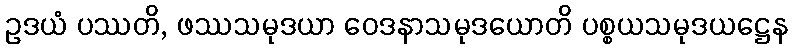
ဥဒယံ ပဿတိ, ဖဿသမုဒယာ ဝေဒနာသမုဒယောတိ ပစ္စယသမုဒယဋ္ဌေန